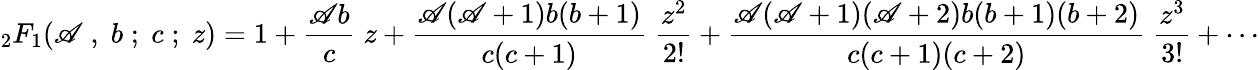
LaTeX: {}_{2}F_{1}(\mathscr{A}\; ,\; b\; ;\; c\; ;\; z)=1+{\frac{{\mathscr{A}b}}{{c}}}\; z+{\frac{{\mathscr{A}(\mathscr{A}+1)b(b+1)}}{{c(c+1)}}}\; {\frac{{z^{2}}}{{2!}}}+{\frac{{\mathscr{A}(\mathscr{A}+1)(\mathscr{A}+2)b(b+1)(b+2)}}{{c(c+1)(c+2)}}}\; {\frac{{z^{3}}}{{3!}}}+\cdots